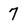
Character: 7